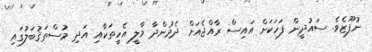
ނުފޫޒެވެ. ސައުދީން ފަހަކަށް އައިސް ރާއްޖެއަށް ދެމުންދާ މާލީ އެހީތަކާއި އަދި މުސްތަޤުބަލުގައި